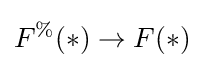
F^{\%}(*)\to F(*)